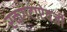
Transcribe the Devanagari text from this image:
रक्तगटाऐवजी